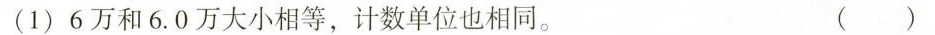
（1）6万和6.0万大小相等，计数单位也相同。 （）